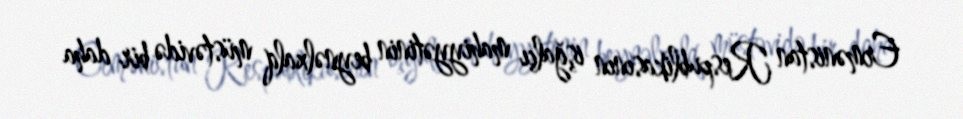
Ermənistan Respublikasının işğalçı mahiyyətinin beynəlxalq müstəvidə bir daha